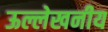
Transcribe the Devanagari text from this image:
ऊल्लेखनीय